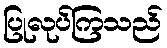
ပြုလုပ်ကြသည်